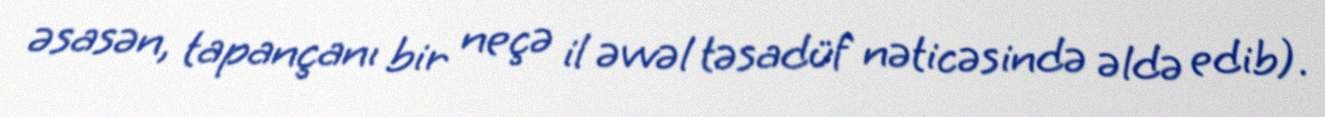
əsasən, tapançanı bir neçə il əvvəl təsadüf nəticəsində əldə edib).